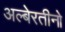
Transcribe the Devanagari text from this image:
अल्बेरतीनो